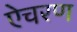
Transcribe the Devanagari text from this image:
ऐचरण